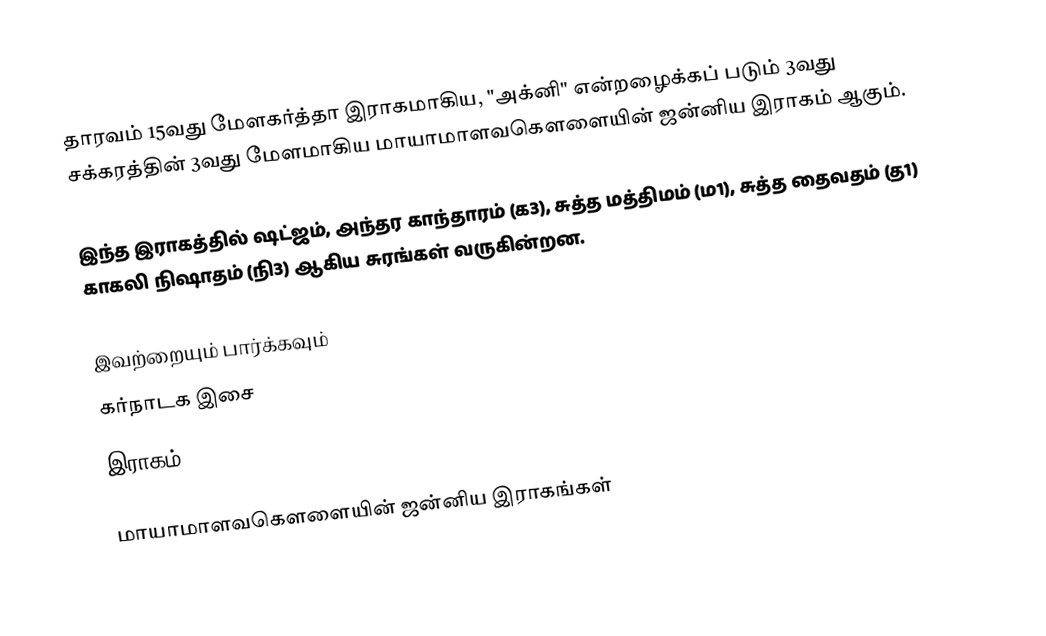
தாரவம் 15வது மேளகர்த்தா இராகமாகிய, "அக்னி" என்றழைக்கப் படும் 3வது சக்கரத்தின் 3வது மேளமாகிய மாயாமாளவகௌளையின் ஜன்னிய இராகம் ஆகும்.

இந்த இராகத்தில் ஷட்ஜம், அந்தர காந்தாரம் (க3), சுத்த மத்திமம் (ம1), சுத்த தைவதம் (த1) காகலி நிஷாதம்  (நி3) ஆகிய சுரங்கள் வருகின்றன.

இவற்றையும் பார்க்கவும்
 கர்நாடக இசை
 இராகம்

மாயாமாளவகௌளையின் ஜன்னிய இராகங்கள்